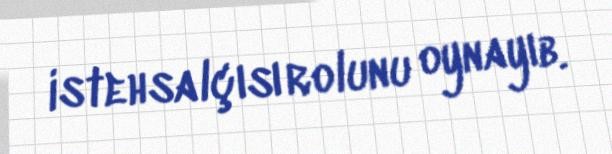
istehsalçısı rolunu oynayıb.